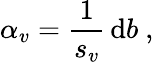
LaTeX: \alpha_{v}=\frac{1}{s_{v}}\, \mathrm{d}b\ ,